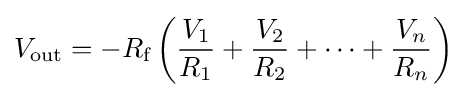
V_{\text{out}}=-R_{\text{f}}\left({\frac {V_{1}}{R_{1}}}+{\frac {V_{2}}{R_{2}}}+\cdots +{\frac {V_{n}}{R_{n}}}\right)